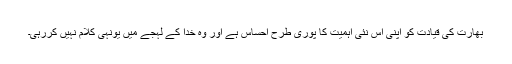
بھارت کی قیادت کو اپنی اس نئی اہمیت کا پوری طرح احساس ہے اور وہ خدا کے لہجے میں یونہی کلام نہیں کررہی۔